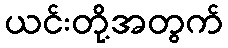
ယင်းတို့အတွက်